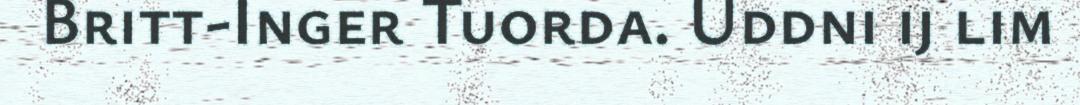
Britt-Inger Tuorda. Uddni ij lim